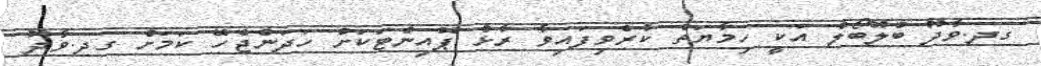
ގދ.ވާދޫ ބްލޫބޯލް އަކީ ހިމާޔަތް ކުރެވިފައިވާ ރާޅު ޕޮއިންޓަކަށް ހަދަންޖެހޭ ކަމަށް ގދ.ވާދޫ